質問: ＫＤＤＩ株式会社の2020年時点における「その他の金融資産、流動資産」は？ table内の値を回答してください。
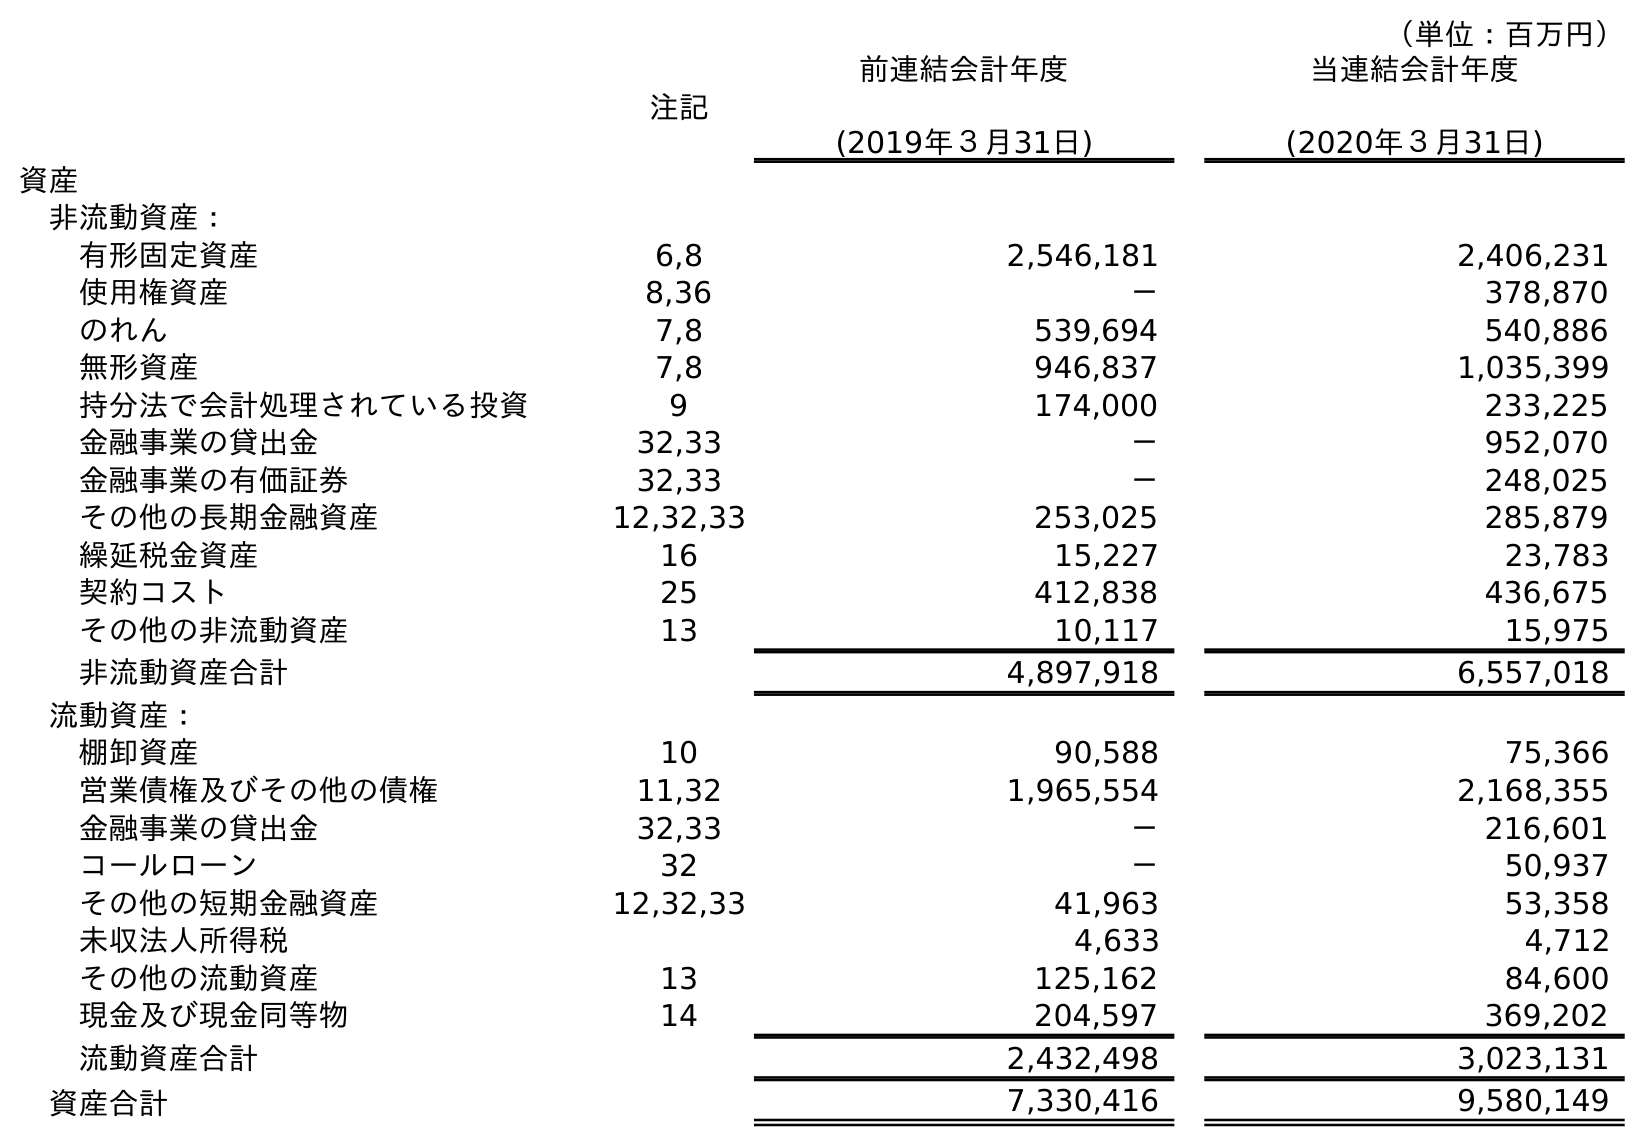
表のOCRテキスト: （単位：百万円） 注記 前連結会計年度 (2019年３月31日) 当連結会計年度 (2020年３月31日) 資産 非流動資産： 有形固定資産 6,8 2,546,181 2,406,231 使用権資産 8,36 － 378,870 のれん 7,8 539,694 540,886 無形資産 7,8 946,837 1,035,399 持分法で会計処理されている投資 9 174,000 233,225 金融事業の貸出金 32,33 － 952,070 金融事業の有価証券 32,33 － 248,025 その他の長期金融資産 12,32,33 253,025 285,879 繰延税金資産 16 15,227 23,783 契約コスト 25 412,838 436,675 その他の非流動資産 13 10,117 15,975 非流動資産合計 4,897,918 6,557,018 流動資産： 棚卸資産 10 90,588 75,366 営業債権及びその他の債権 11,32 1,965,554 2,168,355 金融事業の貸出金 32,33 － 216,601 コールローン 32 － 50,937 その他の短期金融資産 12,32,33 41,963 53,358 未収法人所得税 4,633 4,712 その他の流動資産 13 125,162 84,600 現金及び現金同等物 14 204,597 369,202 流動資産合計 2,432,498 3,023,131 資産合計 7,330,416 9,580,149
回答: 53,358